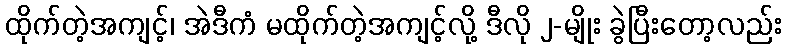
ထိုက်တဲ့အကျင့်၊ အဲဒီကံ မထိုက်တဲ့အကျင့်လို့ ဒီလို ၂-မျိုး ခွဲပြီးတော့လည်း